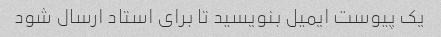
یک پیوست ایمیل بنویسید تا برای استاد ارسال شود